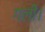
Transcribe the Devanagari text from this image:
गली।